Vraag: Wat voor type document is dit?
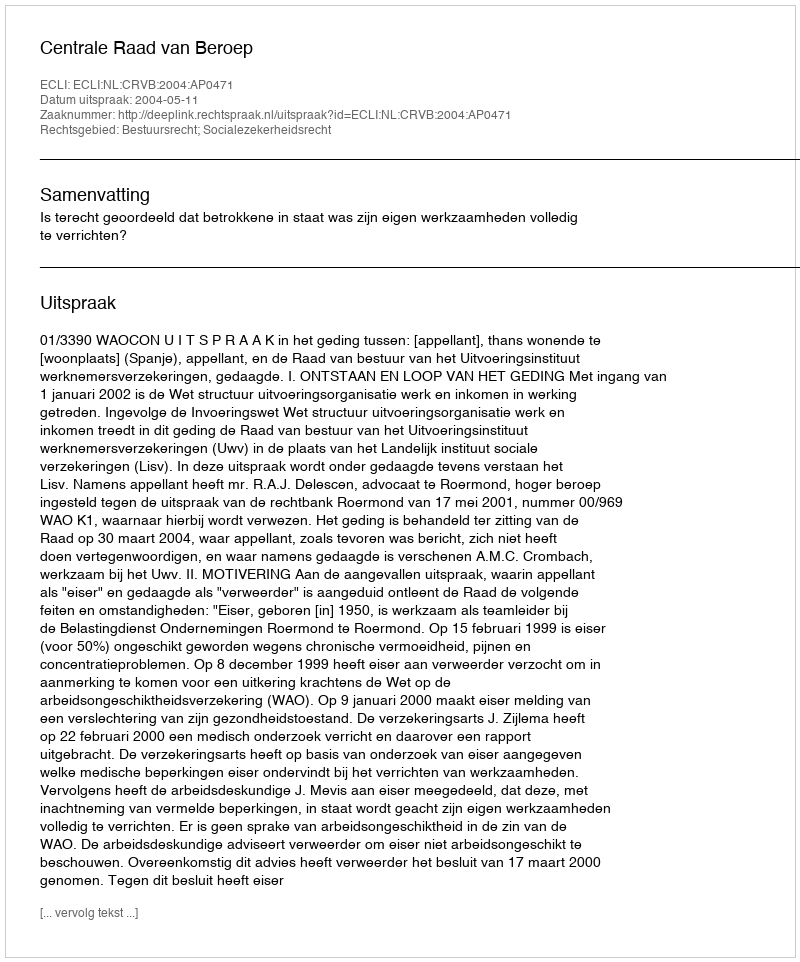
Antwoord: Uitspraak